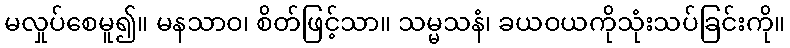
မလှုပ်စေမူ၍။ မနသာဝ၊ စိတ်ဖြင့်သာ။ သမ္မသနံ၊ ခယဝယကိုသုံးသပ်ခြင်းကို။